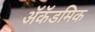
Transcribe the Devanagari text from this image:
ॲकॅडमिक